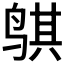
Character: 𬸒